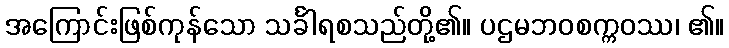
အကြောင်းဖြစ်ကုန်သော သင်္ခါရစသည်တို့၏။ ပဌမဘဝစက္ကဝဿ၊ ၏။